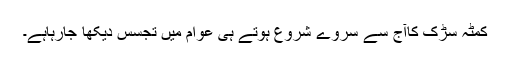
کمٹہ سڑک کاآج سے سروے شروع ہوتے ہی عوام میں تجسس دیکھا جارہاہے۔